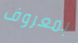
بمعروف